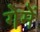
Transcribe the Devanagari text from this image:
गेमें